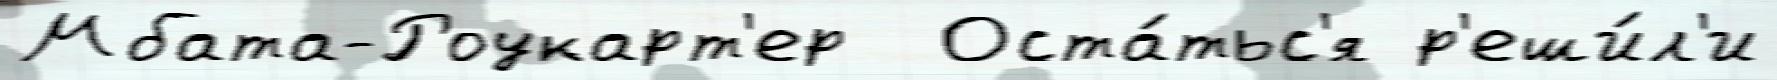
Мбата-Роукарт'ер  Оста́тьс'я р'еши́л'и